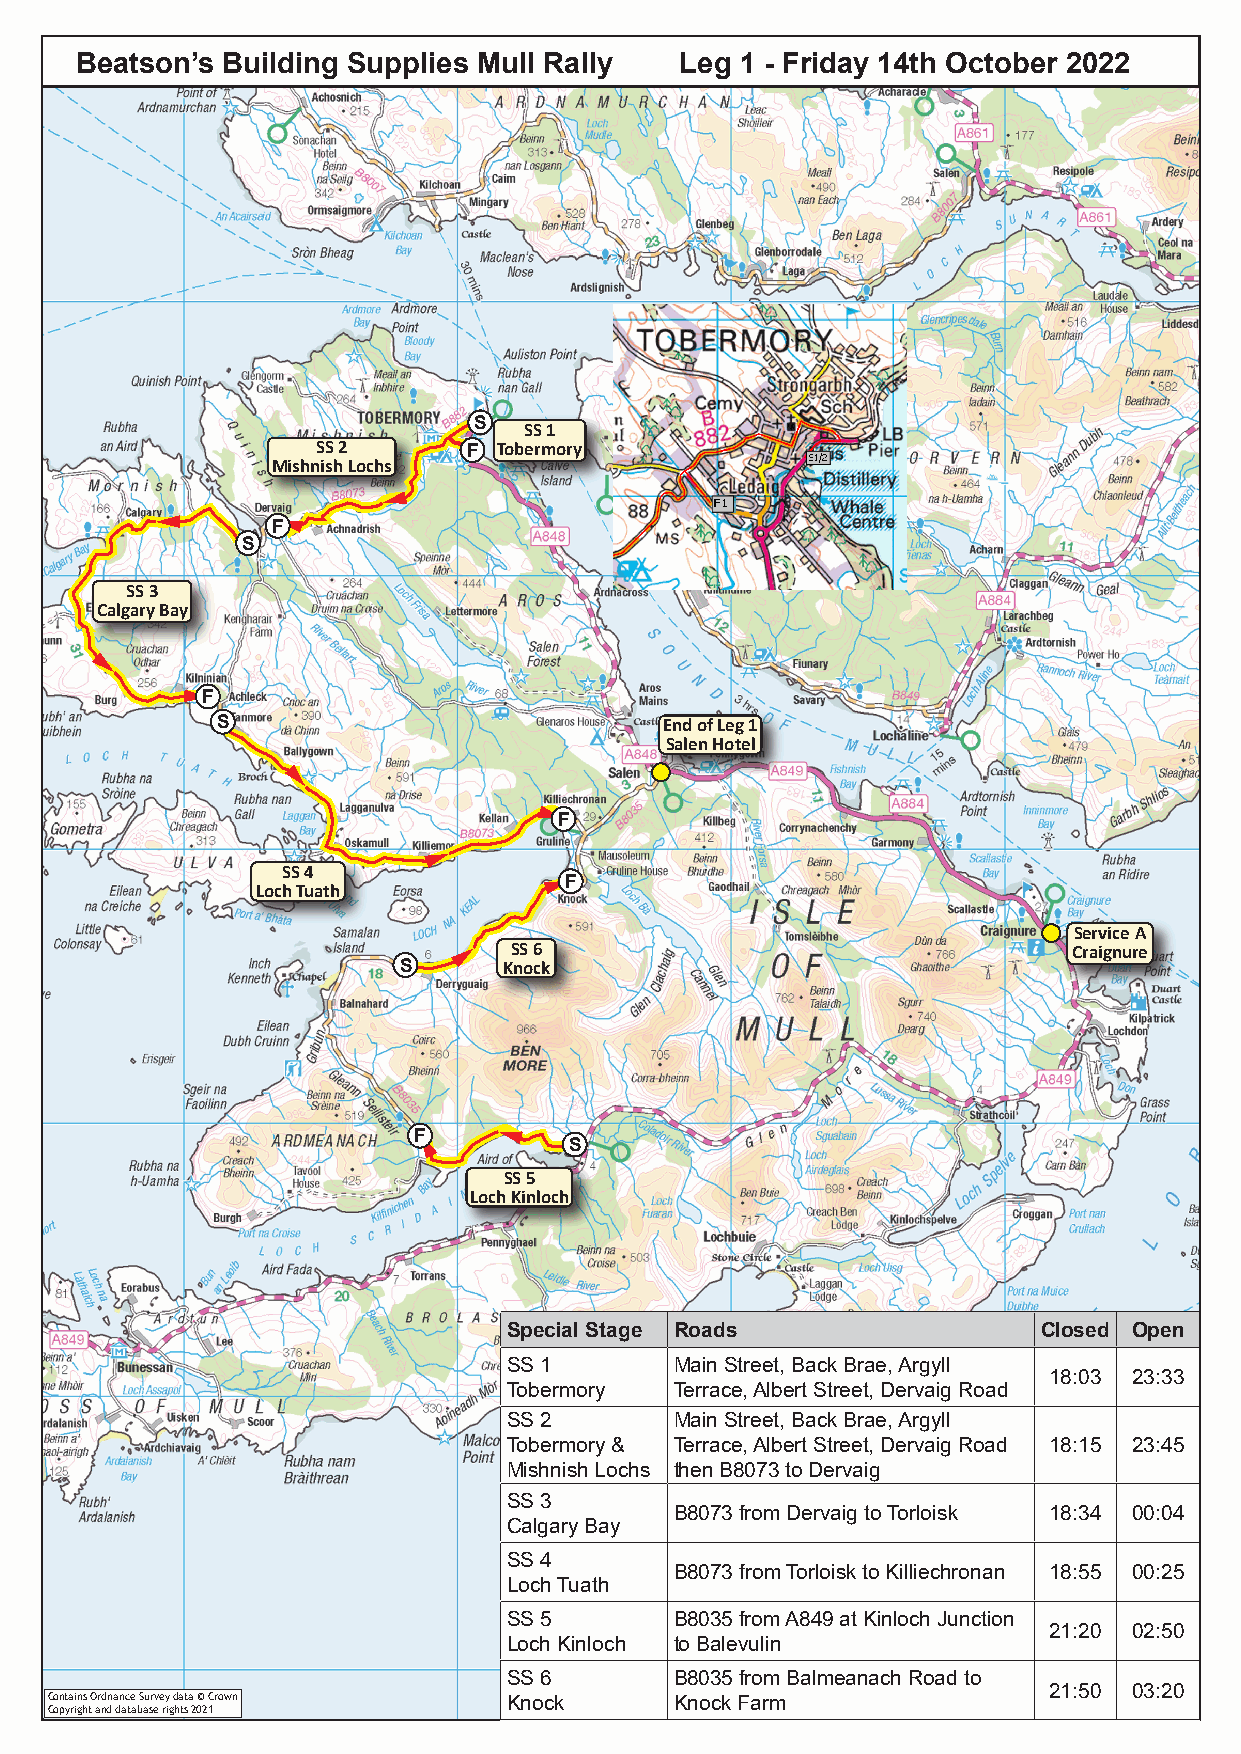
Beatson’s Building Supplies Mull Rally  Leg 1 - Friday 14th October 2022
 S   SS 1
 SS 2      F Tobermory
 Mishnish Lochs
 F
 S
 SS 3
 Calgary Bay
 F
 S                             End of Leg 1
 Salen Hotel
 F
 SS 4
 F
 Loch Tuath
 Service A
 SS 6                                 Craignure
 S      Knock
 F
 S
 SS 5
 Loch Kinloch
 Special Stage Roads                Closed Open
 SS 1       Main Street, Back Brae, Argyll
 18:03 23:33
 Tobermory  Terrace, Albert Street, Dervaig Road
 SS 2       Main Street, Back Brae, Argyll
 Tobermory & Terrace, Albert Street, Dervaig Road 18:15 23:45
 Mishnish Lochs then B8073 to Dervaig
 SS 3
 B8073 from Dervaig to Torloisk 18:34 00:04
 Calgary Bay
 SS 4
 B8073 from Torloisk to Killiechronan 18:55 00:25
 Loch Tuath
 SS 5       B8035 from A849 at Kinloch Junction
 21:20 02:50
 Loch Kinloch to Balevulin
 SS 6       B8035 from Balmeanach Road to
 21:50 03:20
 Contains Ordnance Survey data © Crown Knock Knock Farm
 Copyright and database rights 2021